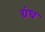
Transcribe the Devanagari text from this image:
ग्रंघ